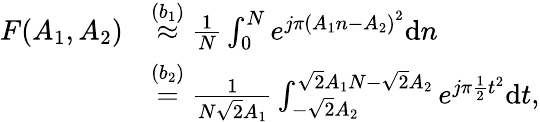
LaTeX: \begin{array}{rl}{F(A_{1},A_{2})}&{\stackrel{(b_{1})}{\approx}\frac{1}{N}\int_{0}^{N}e^{j\pi\left(A_{1}n-A_{2}\right)^{2}}\mathrm{d}n}\\ &{\stackrel{(b_{2})}{=}\frac{1}{N\sqrt{2}A_{1}}\int_{-\sqrt{2}A_{2}}^{\sqrt{2}A_{1}N-\sqrt{2}A_{2}}e^{j\pi\frac{1}{2}t^{2}}\mathrm{d}t,}\end{array}